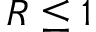
R \leq 1